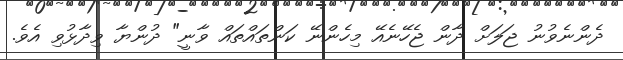
ދެންނެވުނު ޖަލަށް ދާން ޖެހޭނެއޭ މިހެންނޭ ކަންތައްތައް ވާނީ" ދުންޔާ ވިދާޅުވި އެވެ.